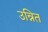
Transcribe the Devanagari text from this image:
उन्नित